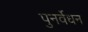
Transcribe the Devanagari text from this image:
पुनर्वेधन